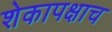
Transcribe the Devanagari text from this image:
शेकापक्षाच